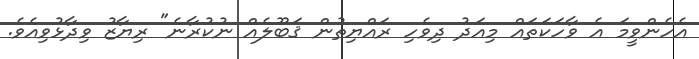
އެހެންވީމަ އެ ވާހަކަތައް މިއަދު ދިވެހި ރައްޔިތުން ޤަބޫލެއް ނުކުރާނެ" ރިޔާޒު ވިދާޅުވިއެވެ.